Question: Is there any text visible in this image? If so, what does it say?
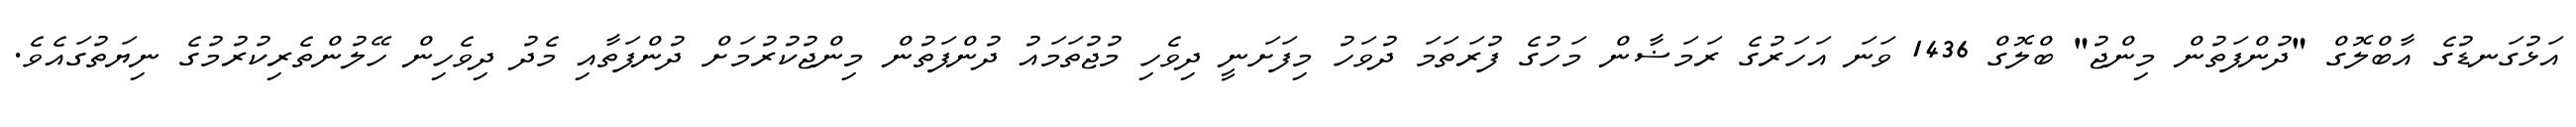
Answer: އަޅުގަނޑުގެ އާބްލޮގް "ދުންފަތުން މިންޖު" ބްލޮގް 1436 ވަނަ އަހަރުގެ ރަމަޟާން މަހުގެ ފުރަތަމަ ދުވަހު މިފަށަނީ ދިވެހި މުޖުތަމައު ދުންފަތުން މިންޖުކުރުމަށް ދުންފަތާއި މެދު ދިވެހިން ހޭލުންތެރިކުރުމުގެ ނިޔަތުގައެވެ.